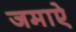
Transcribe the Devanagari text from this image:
जमाऐ